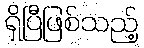
ရှိပြီဖြစ်သည့်